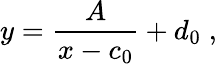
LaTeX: y={\frac{A}{x-c_{0}}}+d_{0}\; ,